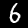
Label: 6